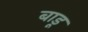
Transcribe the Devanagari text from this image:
बाडू